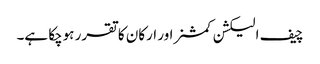
چیف الیکشن کمشنر اور ارکان کا تقرر ہوچکا ہے۔